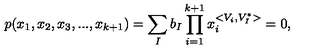
p ( x _ { 1 } , x _ { 2 } , x _ { 3 } , . . . , x _ { k + 1 } ) = \sum _ { I } b _ { I } \prod _ { i = 1 } ^ { k + 1 } x _ { i } ^ { < { V } _ { i } , { V } _ { I } ^ { \ast } > } = 0 ,